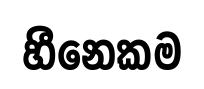
හීනෙකම